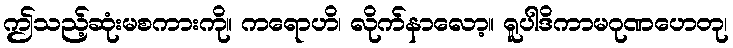
ဤသည့်ဆုံးမစကားကို။ ကရောဟိ၊ လိုက်နာလော့။ ရူပါဒိကာမဂုဏဟေတု၊